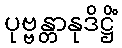
ပုဗ္ဗန္တာနုဒိဋ္ဌိံ